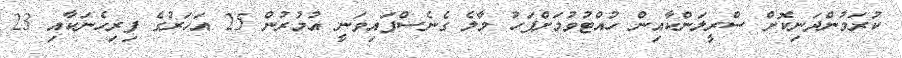
ކުރަމުންދަނިކޮށް ސްރީލަންކާއިން ހުއްޓުވުމަށްފަހު މާލެ ގެނެސްފައިވަނީ އުމުރުން 25 އަހަރުގެ ފިރިހެނަކާއި 23